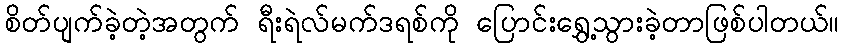
စိတ်ပျက်ခဲ့တဲ့အတွက် ရီးရဲလ်မက်ဒရစ်ကို ပြောင်းရွှေ့သွားခဲ့တာဖြစ်ပါတယ်။